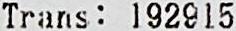
TRANS : 192915